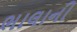
ભાલાની